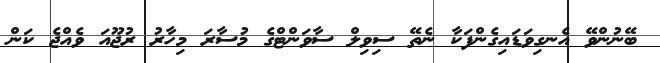
ބޭނުންވޭ އެނގިވަޑައިގެންފަކާ ނެތޭ ސިވިލް ސާވަންޓްގެ މުސާރަ މިހާރު ރުޖޫއަ ވެއްޖެ ކަން